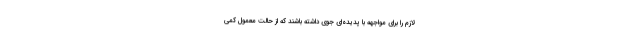
لازم را برای مواجهه با پدیده‌ای جوی داشته باشند که از حالت معمول کمی